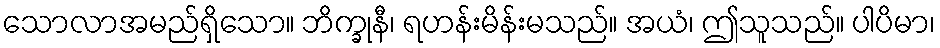
သောလာအမည်ရှိသော။ ဘိက္ခုနီ၊ ရဟန်းမိန်းမသည်။ အယံ၊ ဤသူသည်။ ပါပိမာ၊